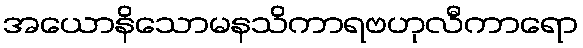
အယောနိသောမနသိကာရဗဟုလီကာရော